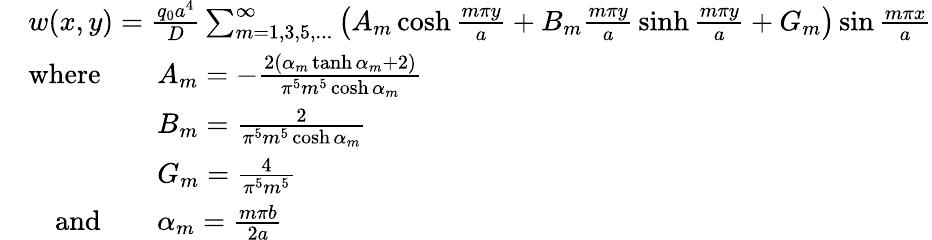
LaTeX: {\begin{array}{rl}&{w(x,y)={\frac{q_{0}a^{4}}{D}}\sum_{m=1,3,5,...}^{\infty}\left(A_{m}\cosh{\frac{m\pi y}{a}}+B_{m}{\frac{m\pi y}{a}}\sinh{\frac{m\pi y}{a}}+G_{m}\right)\sin{\frac{m\pi x}{a}}}\\ &{{\begin{array}{rl}{{\mathrm{where}}\quad}&{A_{m}=-{\frac{2\left(\alpha_{m}\operatorname{tanh}\alpha_{m}+2\right)}{\pi^{5}m^{5}\cosh\alpha_{m}}}}\\ &{B_{m}={\frac{2}{\pi^{5}m^{5}\cosh\alpha_{m}}}}\\ &{G_{m}={\frac{4}{\pi^{5}m^{5}}}}\\ {{\mathrm{and}}\quad}&{\alpha_{m}={\frac{m\pi b}{2a}}}\end{array}}}\end{array}}